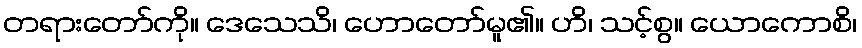
တရားတော်ကို။ ဒေသေသိ၊ ဟောတော်မူ၏။ ဟိ၊ သင့်စွ။ ယောကောစိ၊